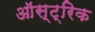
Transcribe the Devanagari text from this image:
ऑस्ट्रिक